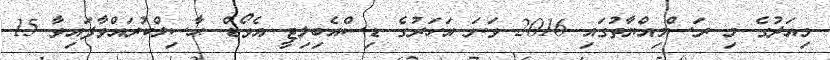
މިއަދުގެ މި ރަސްމިއްޔާތުގައި 2016 ވަނަ އަހަރުގެ ޑިސްއެބިލިޓީ އެވޯޑް ޙާސިލްކުރައްވާފައިވާ 15